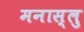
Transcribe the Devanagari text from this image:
मनास्लु